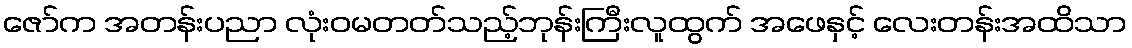
ဇော်က အတန်းပညာ လုံးဝမတတ်သည့်ဘုန်းကြီးလူထွက် အဖေနှင့် လေးတန်းအထိသာ